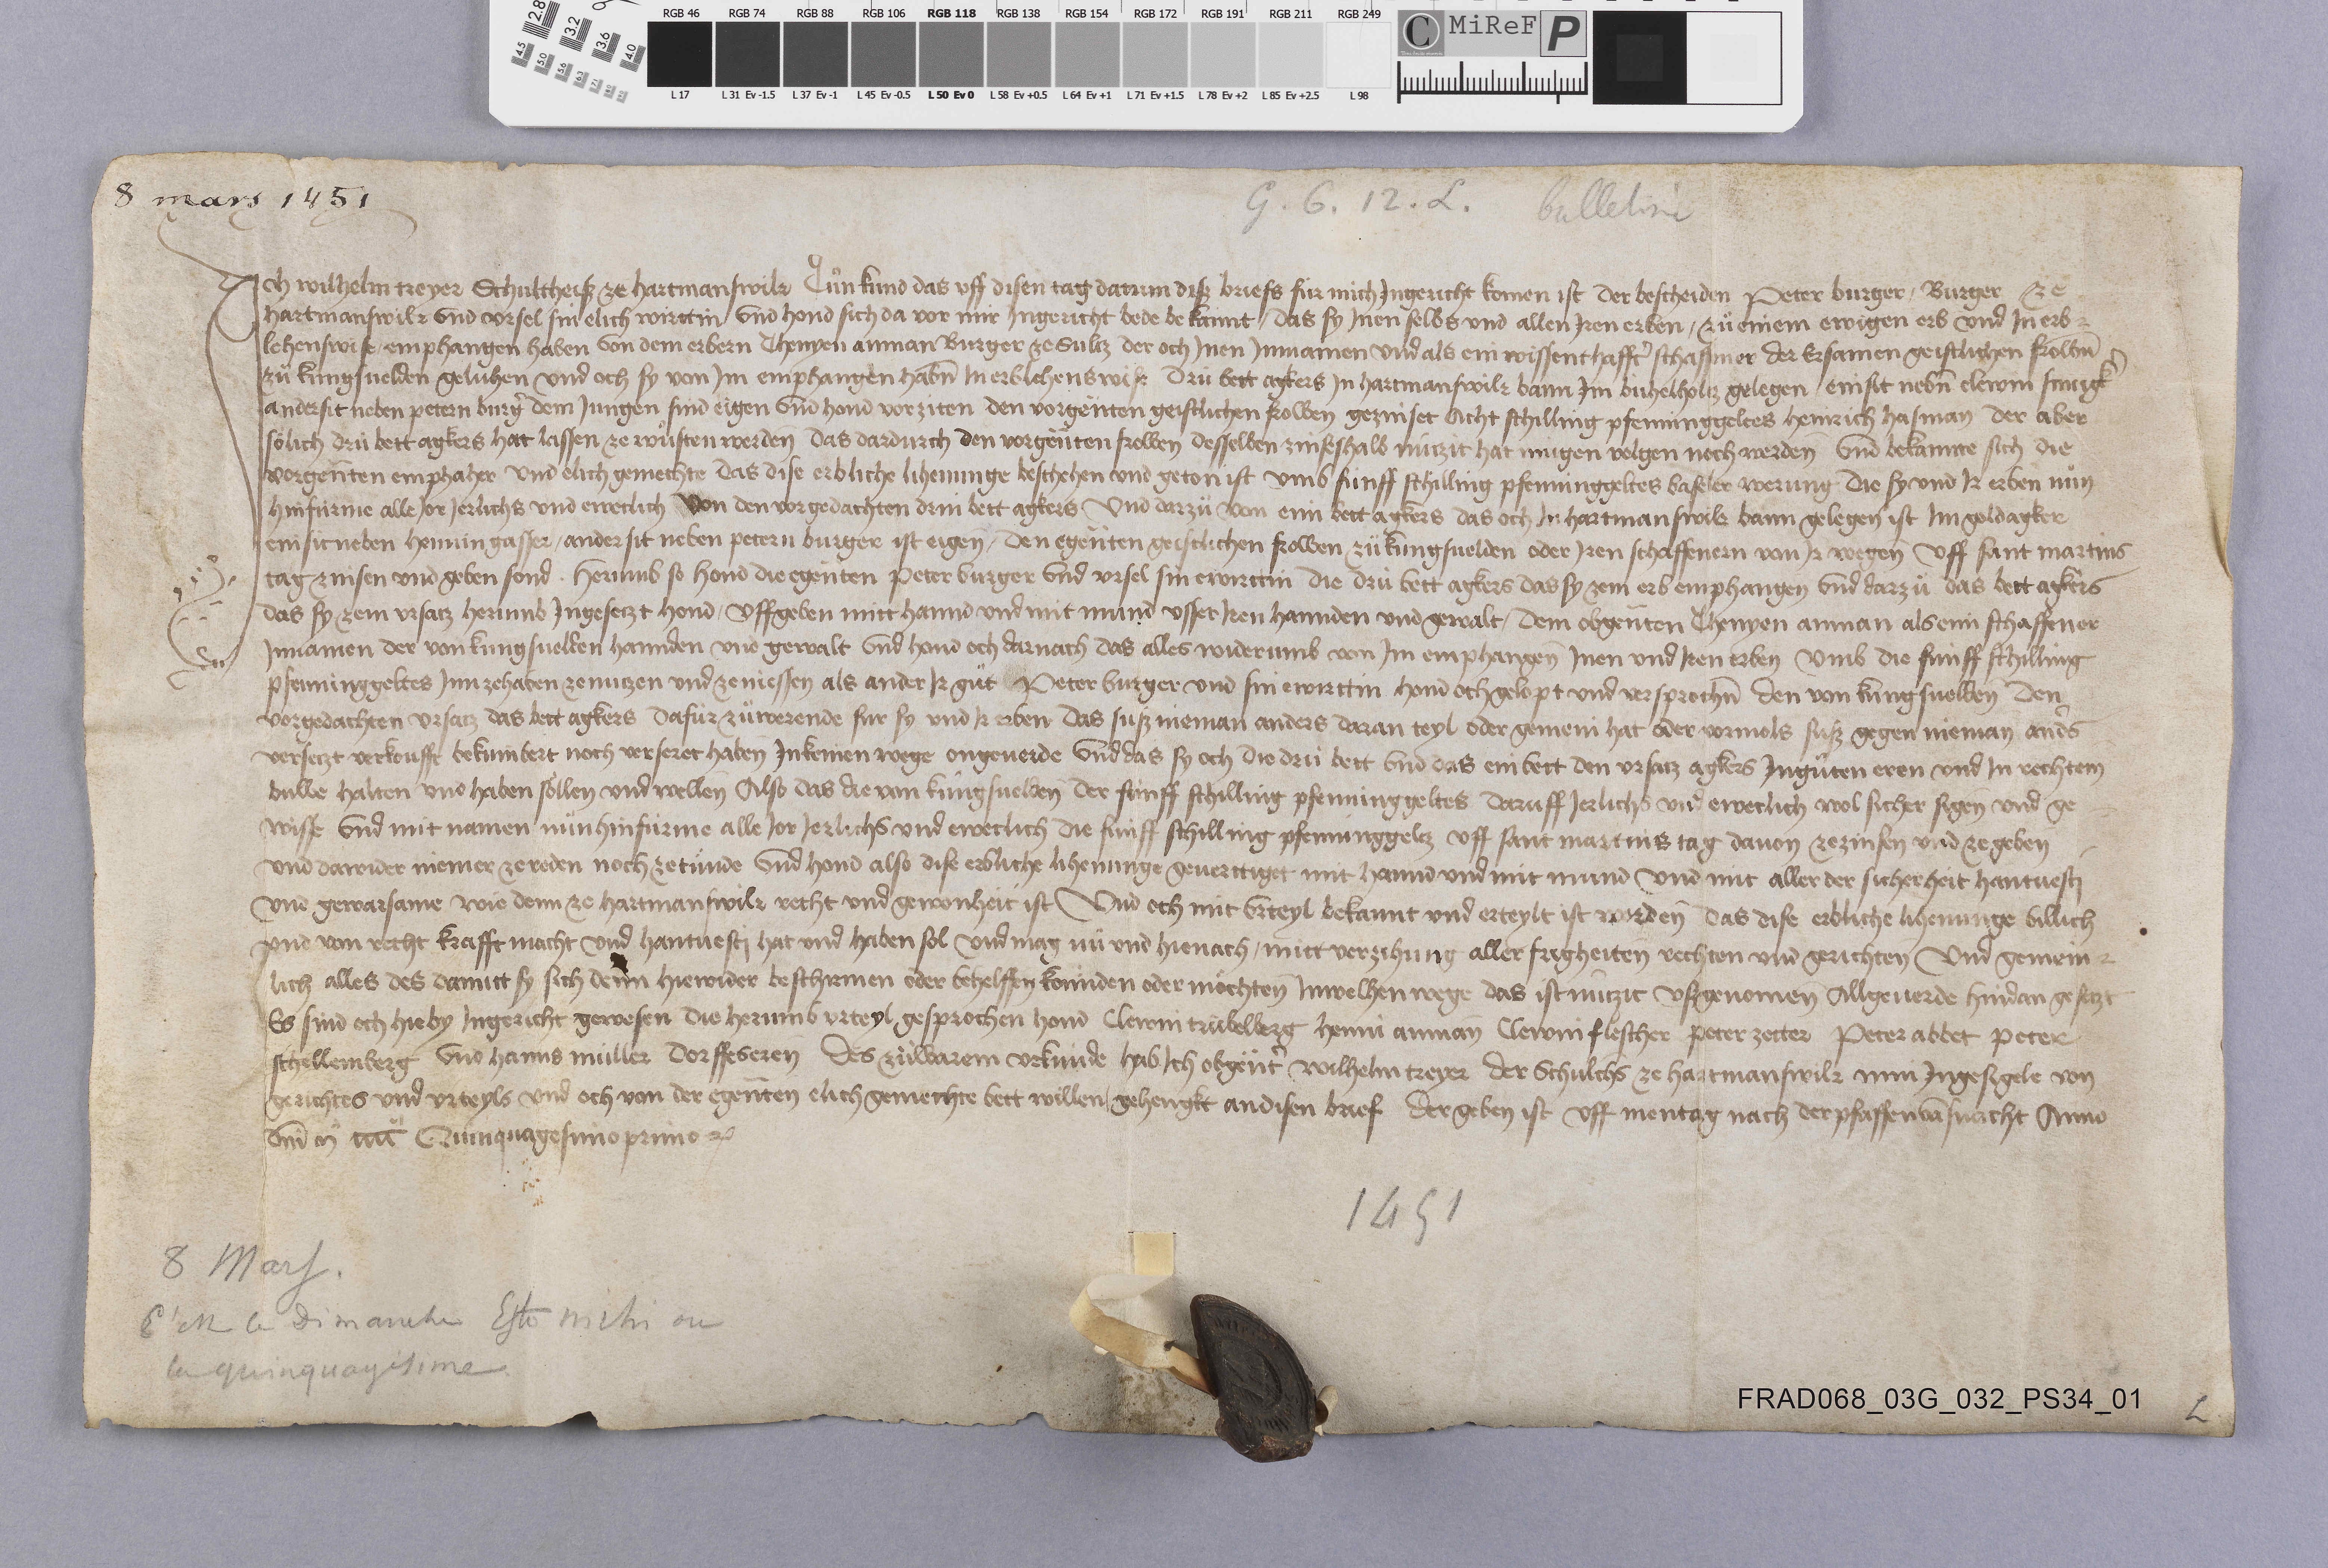
8 mars 1451

G✳ 6✳ 12✳ L✳
bulletin

Ich Wilhelm Treyer schultheisz ze Hartmanswilr tuͦn kund das uff disen tag datum disz briefs fùr mich ingericht komen ist der bescheiden Peter Burger ✳ burger ze
Hartmanswilr und Ursel sin elich wirttin. und hond sich da vor mir ingericht bede bekannt ✳ das sy inen selbs und allen iren erben ✳ zuͦ eniem ewigen erb und in erb¬
lehenswise ✳ empfangen haben von dem erbern Thenyen Anman burger ze Sultz der och inen imnamen und als eni wissenthafftˀ schaffener der ersamen geistlichen frown̄
zuͦ Kungsvelden geluhen und och sy von im empfangen habn̄ in erblehenswise drù bett agkers in Hartmanswilr bann im Bùhelhotz gelegen ✳ enisit nebn̄ Clewin Smugkˀ
andersit Petern Burgˀ dem Jungen sind eigen und hond vor ziten den vorgēnten geistlichen frowen gezniset acht schilligg pfenning geltes Henirich Hasman der aber
soͤlich drù bett agkers hat lassen ze wuͦsten werden das dardurch den vorgēnten frowen desselben zinseshalb nùtzit hat mùgen volgen noch werden. und bekannte sich die
vorgen̄ten empfhaher und elich gemechte das dise erbliche lihenunge beschehen und geton ist umb fùnff schilling pfenninggeltes Baseler werung die sy und ir erben nuͦn
hnifùrme alle jor jerlichs und eweclich von den vorgedachten drin bett agkers und darzuͦ von eim bett agkers das och in Hartmanswilr bann gelegen ist im Goldagker
eni sit neben Hennin Gasser ✳ ander sit neben Petern Burger ist eigen ✳ den egen̄ten geistlichen frowen zü Kungsvelden oder iren schaffenern von ir wegen uff sant Martins
tag znisen und geben sond. herumb so hond die egen̄ten Peter Burger und Ursel sin ewirttin die drù bett agkers das sy zem erb emphangen und darzuͦ das bett agkers
das sy zem ursatz herumb ingesetzt hond ✳ uffgeben mitt hannd und mit mund usser iren hannden und gewalt ✳ dem obgen̄ten Thenyen Anman als emi schaffener
innamen der von Kungsvelden hannden und gewalt. und hond och darnach das alles widerumb von im emphangen inen und iren erben umb die fùnff schilling
pfenninggeltes inn zehaben ze nutzen und ze niessen als ander ir guͦt. Peter Burger und sin ewirttin hond och gelopt und versprochn̄ den von Kungsvelden den
vorgedachten ursatz das bett agkers dafùr zuͦ werende fur sy und ir erben das susz nieman anders daran teyl oder gemeni hat oder vormols susz gegen nieman andˀs
versetzt verkoufft bekumbert noch versezet haben in keinen wege ongeverde. und das sy och die drù bett und das ein bett den ursatz agkers inguͦten eren und in rechtem
buwe halten und haben soͤllen und wellen also das die von Kûngsvelden der fùnff schilling pfenning geltes daruff jerlichs und eweclich wol sicher sigen und ge¬
wisse und mit namen nuͦn hinfùrine alle jor jerlichs und eweclich die fùnff schiling pfenninggeltz uff sant Martnis tag davon ze zinsen und ze geben
und dawider niemer ze reden noch ze tuͤnde. und hond also dise erbliche lihenunge geverttiget mit hannd und mit mund und mit aller der sicherheit hantvesti
und gewarsame wie dem ze Hartmanswilr recht und gewohnheit ist. und och mit urteyl bekannt und erteylt ist worden das dise erbliche lihenunge billich
und von recht krafft macht und hantvesti hat und haben sol und mag nuͤ und hienach ✳ mitt verzihung aller frigheiten rechten und gerichten und gemein¬
lich alles des damitt sy sich denn hiewider beschirmen oder behelffen koͤnnden oder moͤchten inwelhen wege das ist nùtzit uszgenomen allgeverde hindan gesetzt.
es sind och hieby ingericht gewesen die herumb urteyl gesprochen hond Clewin Truͤbelberg, Henni Anman, Clewin Flesther, Peter Zetter, Peter Abbet, Peter
Schellemberg und Hanns Mùller dorffeseren des zuͤlbarem urkùnde hab ich obgen̄tˀ Wilhelm Treyer der schulths̄ ze Hartmanswilr mni ingesigele von
gerichtes und urteyls und och von der egen̄ten elich gemechte bett willen ✳ gehengkt an disen brief der geben ist uff mentag nach der pfaffenvasnacht anno
dn̄i mͣ iiiiͦ quinquagesimo primo ꝫcꝭ.

1451
8 Mars✳
c'est le dimanche Esto mihi ou
la quinquagitime.